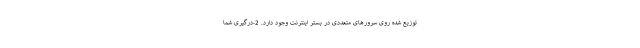
توزیع شده روی سرورهای متعددی در بستر اینترنت وجود دارد. 2-درگیری شما